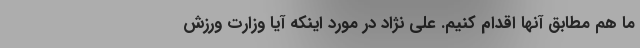
ما هم مطابق آنها اقدام کنیم. علی نژاد در مورد اینکه آیا وزارت ورزش